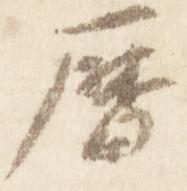
暦